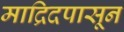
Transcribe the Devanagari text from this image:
माद्रिदपासून